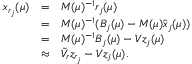
\begin{array} { r c l } { x _ { r _ { j } } ( \mu ) } & { = } & { M ( \mu ) ^ { - 1 } r _ { j } ( \mu ) } \\ & { = } & { M ( \mu ) ^ { - 1 } ( B _ { j } ( \mu ) - M ( \mu ) \hat { x } _ { j } ( \mu ) ) } \\ & { = } & { M ( \mu ) ^ { - 1 } B _ { j } ( \mu ) - V z _ { j } ( \mu ) } \\ & { \approx } & { \tilde { V } _ { r } z _ { r _ { j } } - V z _ { j } ( \mu ) . } \end{array}